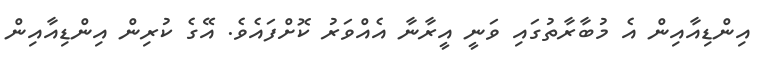
އިންޑިއާއިން އެ މުބާރާތުގައި ވަނީ އީރާނާ އެއްވަރު ކޮށްފައެވެ. އޭގެ ކުރިން އިންޑިއާއިން